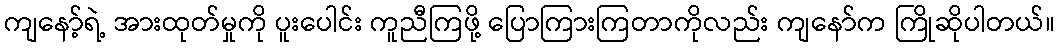
ကျနော့်ရဲ့ အားထုတ်မှုကို ပူးပေါင်း ကူညီကြဖို့ ပြောကြားကြတာကိုလည်း ကျနော်က ကြိုဆိုပါတယ်။